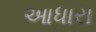
આધારા